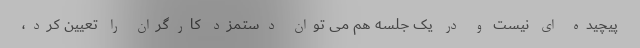
پیچیده ای نیست و در یک جلسه هم می توان دستمزد کارگران را تعیین کرد،